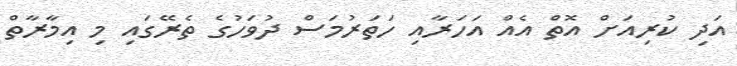
އަދި ކުރިއަށް އޮތް އެއް އަހަރާއި ހަތަރުމަސް ދުވަހުގެ ތެރޭގައި މި އިމާރާތް